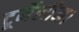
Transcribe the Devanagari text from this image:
टूर्मेलीन।